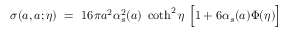
\sigma ( a , a ; \eta ) ~ = ~ 1 6 \pi a ^ { 2 } \alpha _ { s } ^ { 2 } ( a ) ~ \coth ^ { 2 } \eta ~ \Big [ 1 + 6 \alpha _ { s } ( a ) \Phi ( \eta ) \Big ]